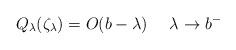
LaTeX: \begin{align*} Q_\lambda(\zeta_\lambda) = O(b - \lambda)~~~~\lambda\to b^- \end{align*}